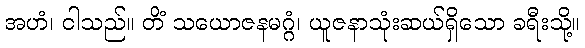
အဟံ၊ ငါသည်။ တိံ သယောဇနမဂ္ဂံ၊ ယူဇနာသုံးဆယ်ရှိသော ခရီးသို့။